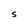
Character: S